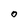
Character: O